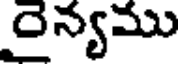
రైన్యము